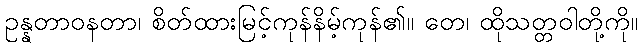
ဥန္နတာဝနတာ၊ စိတ်ထားမြင့်ကုန်နိမ့်ကုန်၏။ တေ၊ ထိုသတ္တဝါတို့ကို။